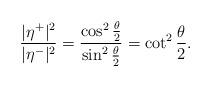
LaTeX: \begin{align*} \frac{|\eta^+|^2}{|\eta^-|^2} = \frac{\cos^2\frac{\theta}{2}}{\sin^2\frac{\theta}{2}} = \cot^2\frac{\theta}{2} . \end{align*}